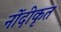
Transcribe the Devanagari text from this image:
नोंदीकृत